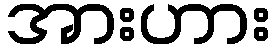
အားဟား